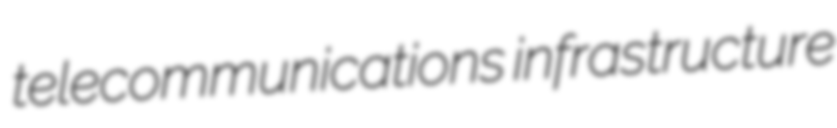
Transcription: telecommunications infrastructure